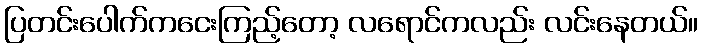
ပြတင်းပေါက်ကငေးကြည့်တော့ လရောင်ကလည်း လင်းနေတယ်။